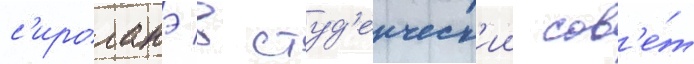
с'ироганэ в студ'енческ'ии сов'е́т